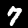
Digit: 7